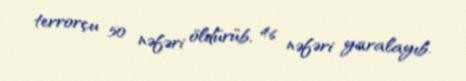
terrorçu 50 nəfəri öldürüb, 46 nəfəri yaralayıb.